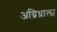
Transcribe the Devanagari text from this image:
अग्निध्राला